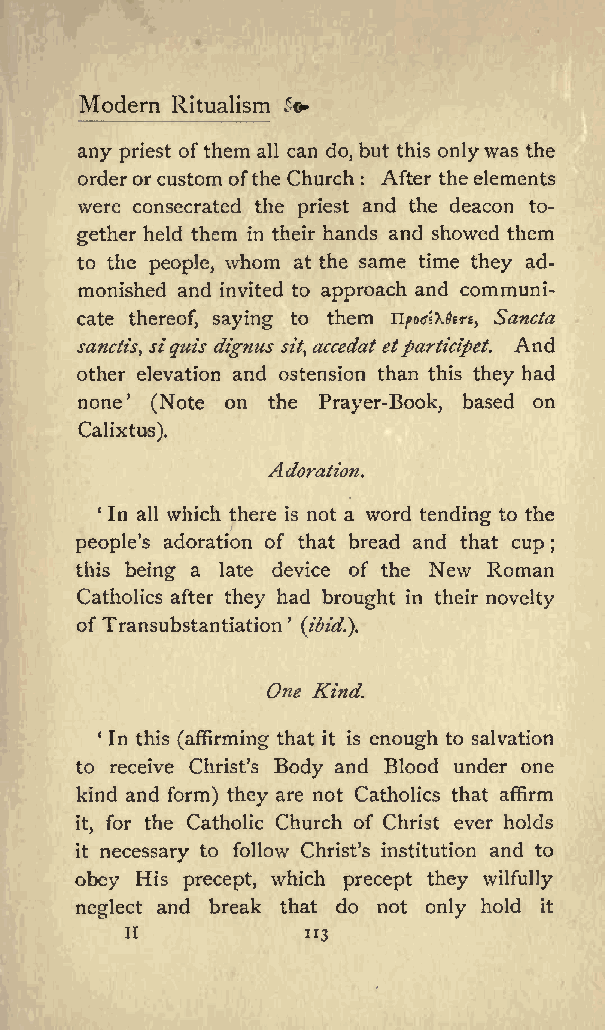
Modern Ritualism +
 any priest ofthem all can do, but this onlywas the
 orderorcustom ofthe Church After the elements
 :
 were consecrated the priest and the deacon to
 gether held them in their hands and showed them
 to the people, whom at the same time they ad
 monished and invited to approach and communi
 cate thereof, saying to them npots&dfTe, Sancta
 And
 sanctis, siquis dignus sit,accedat etparticipet.
 other elevation and ostension than this they had
 none (Note on the Prayer-Book, based on
 Calixtus).
 Adoration.
 1 In all which there is not a word tending to the
 peoples adoration of that bread and that cup
 ;
 this being a late device of the New Roman
 Catholics after they had brought in their novelty
 ofTransubstantiation
 (ibid.).
 One Kind.
 In this (affirming thatit is enough to salvation
 to receive Christs Body and Blood under one
 kind and form) they are not Catholics that affirm
 for the Catholic Church of Christ ever holds
 it,
 it necessary to follow Christs institution and to
 obey His precept, which precept they wilfully
 neglect and break that do not only hold it
 H
 113